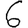
Digit: 6